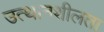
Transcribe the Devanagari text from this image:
उत्थानशीलता